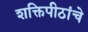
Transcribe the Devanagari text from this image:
शक्तिपीठांचे